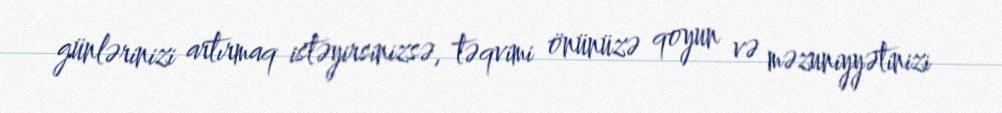
günlərinizi artırmaq istəyirsinizsə, təqvimi önünüzə qoyun və məzuniyyətinizi